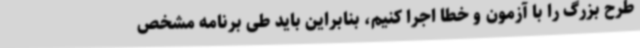
طرح بزرگ را با آزمون و خطا اجرا کنیم، بنابراین باید طی برنامه مشخص